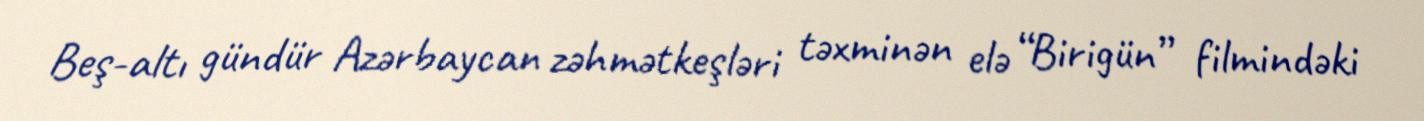
Beş-altı gündür Azərbaycan zəhmətkeşləri təxminən elə “Birigün” filmindəki